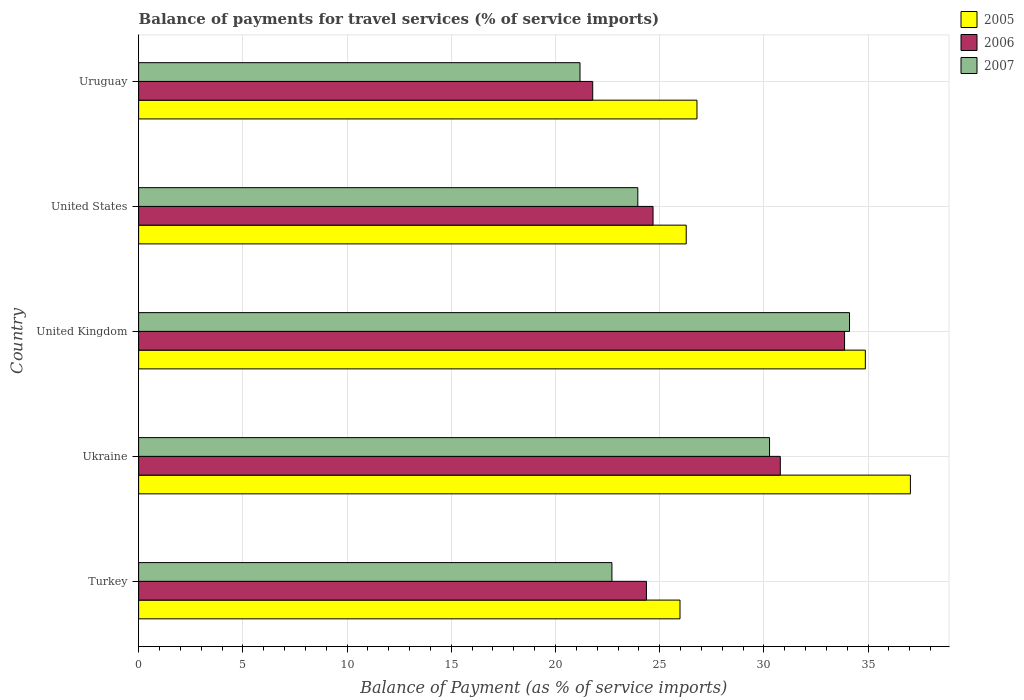
| Country | 2005 | 2006 | 2007 |
 | --- | --- | --- | --- |
 | Turkey | 26 | 24.4 | 22.7 |
 | Ukraine | 37 | 30.8 | 30.3 |
 | United Kingdom | 34.9 | 33.9 | 34.1 |
 | United States | 26.3 | 24.7 | 24 |
 | Uruguay | 26.8 | 21.8 | 21.2 |